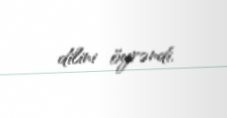
dilini öyrəndi.